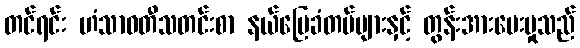
တင်ရင်း ဟံသာဝတီသတင်းစာ နယ်မြေခံတပ်များနှင့် တွန်းအားပေးမှုသည်